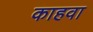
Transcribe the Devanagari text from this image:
काहवा